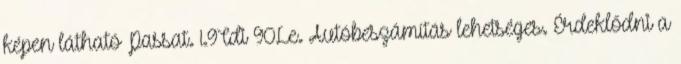
képen látható Passat. 1.9Tdi 90Le. Autóbeszámítás lehetséges. Érdeklődni a